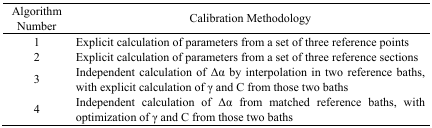
<table><thead><tr><td><b>Algorithm Number</b></td><td><b>Calibration Methodology</b></td></tr></thead><tbody><tr><td>1</td><td>Explicit calculation of parameters from a set of three reference points</td></tr><tr><td>2</td><td>Explicit calculation of parameters from a set of three reference sections</td></tr><tr><td>3</td><td>Independent calculation of Δα by interpolation in two reference baths, with explicit calculation of γ and C from those two baths</td></tr><tr><td>4</td><td>Independent calculation of Δα from matched reference baths, with optimization of γ and C from those two baths</td></tr></tbody></table>